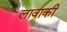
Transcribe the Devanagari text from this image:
लावाकी